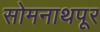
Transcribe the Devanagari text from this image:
सोमनाथपूर